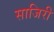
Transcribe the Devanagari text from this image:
साजिरी